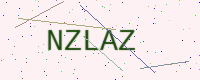
Text: NZLAZ